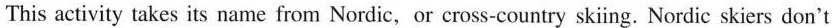
This activity takes its name from Nordic，or cross-country sking. Nordic skiers don't